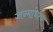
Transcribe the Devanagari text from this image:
जन्मांधश्च